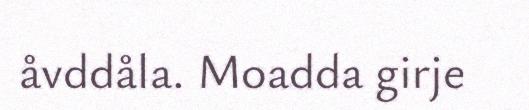
åvddåla. Moadda girje